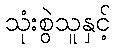
သုံးစွဲသူနှင့်